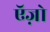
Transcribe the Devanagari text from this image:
ऍज़ो